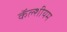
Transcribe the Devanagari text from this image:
कॅल्शीयम